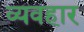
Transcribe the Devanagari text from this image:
व्यवहार